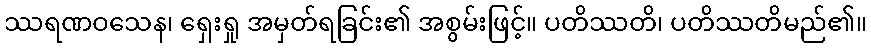
ဿရဏဝသေန၊ ရှေးရှု အမှတ်ရခြင်း၏ အစွမ်းဖြင့်။ ပတိဿတိ၊ ပတိဿတိမည်၏။